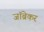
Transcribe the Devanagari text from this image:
जॉब्रेकर